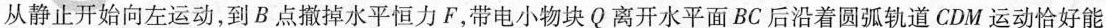
从静止开始向左运动，到B点撤掉水平恒力F，带电小物块Q离开水平面BC后沿着圆弧轨道CDM运动恰好能